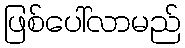
ဖြစ်ပေါ်လာမည်